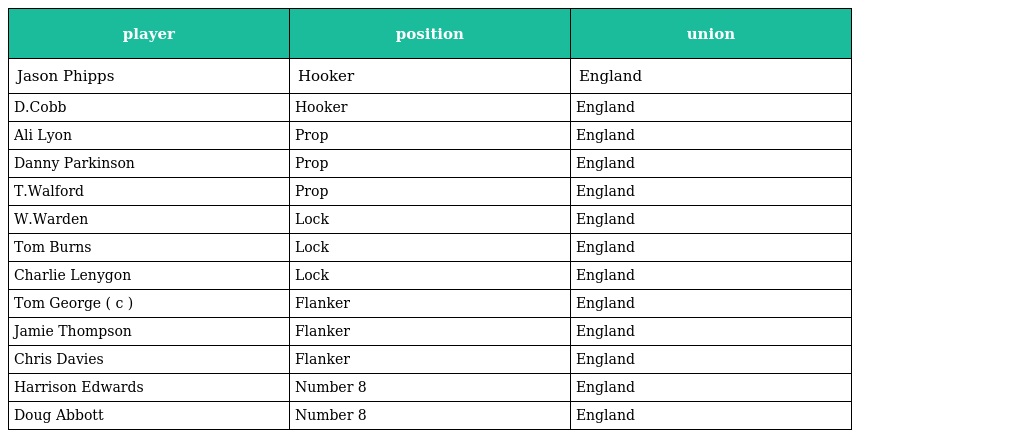
| player | position | union |
 | --- | --- | --- |
 | Jason Phipps | Hooker | England |
 | D.Cobb | Hooker | England |
 | Ali Lyon | Prop | England |
 | Danny Parkinson | Prop | England |
 | T.Walford | Prop | England |
 | W.Warden | Lock | England |
 | Tom Burns | Lock | England |
 | Charlie Lenygon | Lock | England |
 | Tom George ( c ) | Flanker | England |
 | Jamie Thompson | Flanker | England |
 | Chris Davies | Flanker | England |
 | Harrison Edwards | Number 8 | England |
 | Doug Abbott | Number 8 | England |